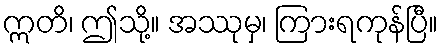
ဣတိ၊ ဤသို့။ အဿုမှ၊ ကြားရကုန်ပြီ။